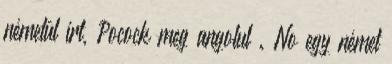
németül írt, Pocock meg angolul . No egy német